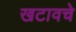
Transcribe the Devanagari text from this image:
खटावचे